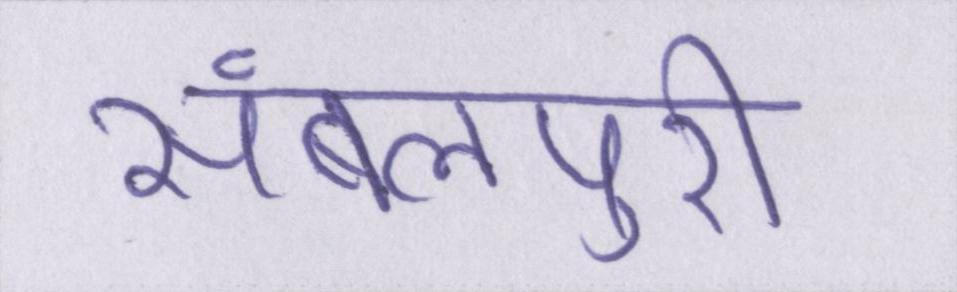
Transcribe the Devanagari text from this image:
संबलपुरी